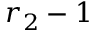
r _ { 2 } - 1